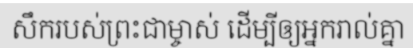
សឹករបស់ព្រះជាម្ចាស់ ដើម្បីឲ្យអ្នករាល់គ្នា